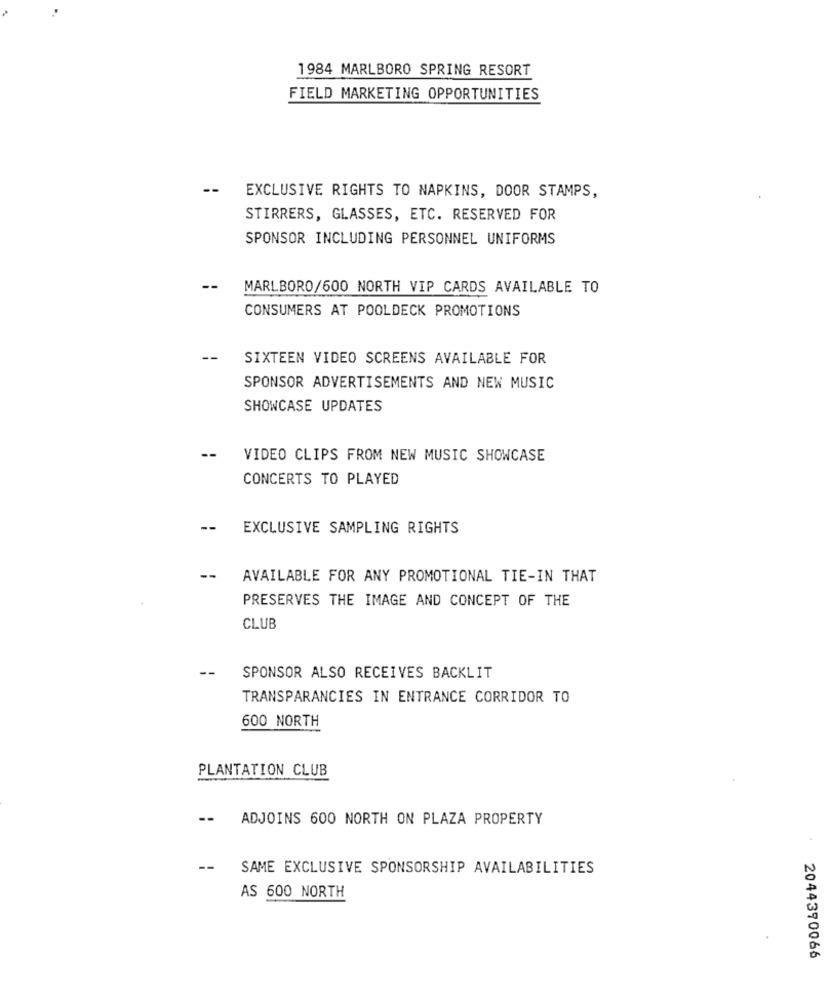
1984 MARLBORO SPRING RESORT
FIELD MARKETING OPPORTUNITIES
EXCLUSIVE RIGHTS TO NAPKINS, DOOR STAMPS,
STIRRERS, GLASSES, ETC. RESERVED FOR
SPONSOR INCLUDING PERSONNEL UNIFORMS
--
MARLBORO/600 NORTH VIP CARDS AVAILABLE TO
CONSUMERS AT POOLDECK PROMOTIONS
SIXTEEN VIDEO SCREENS AVAILABLE FOR
SPONSOR ADVERTISEMENTS AND NEW MUSIC
SHOWCASE UPDATES
--
VIDEO CLIPS FROM NEW MUSIC SHOWCASE
CONCERTS TO PLAYED
-- EXCLUSIVE SAMPLING RIGHTS
--
AVAILABLE FOR ANY PROMOTIONAL TIE-IN THAT
PRESERVES THE IMAGE AND CONCEPT OF THE
CLUB
--
SPONSOR ALSO RECEIVES BACKLIT
TRANSPARANCIES IN ENTRANCE CORRIDOR TO
600 NORTH
PLANTATION CLUB
--
ADJOINS 600 NORTH ON PLAZA PROPERTY
--
SAME EXCLUSIVE SPONSORSHIP AVAILABILITIES
AS 600 NORTH
2044390066